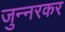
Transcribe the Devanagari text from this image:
जुन्‍नरकर